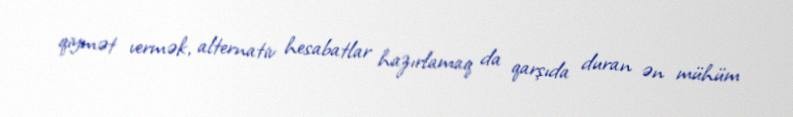
qiymət vermək, alternativ hesabatlar hazırlamaq da qarşıda duran ən mühüm